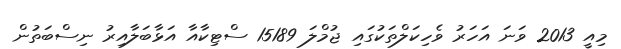
މިއީ 2013 ވަނަ އަހަރު ވެހިކަލްތަކުގައި ޖުމްލަ 15189 ސްޓިކާއާ އަޅާބަލާއިރު ނިސްބަތުން